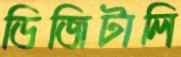
ডিজিটালি